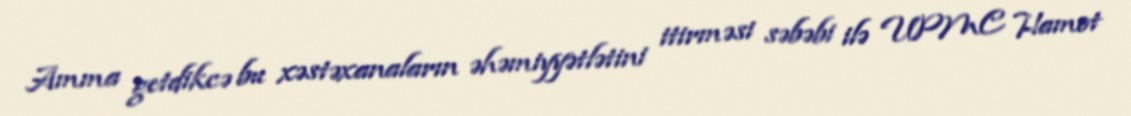
Amma getdikcə bu xəstəxanaların əhəmiyyətlətini itirməsi səbəbi ilə UPMC Hamot